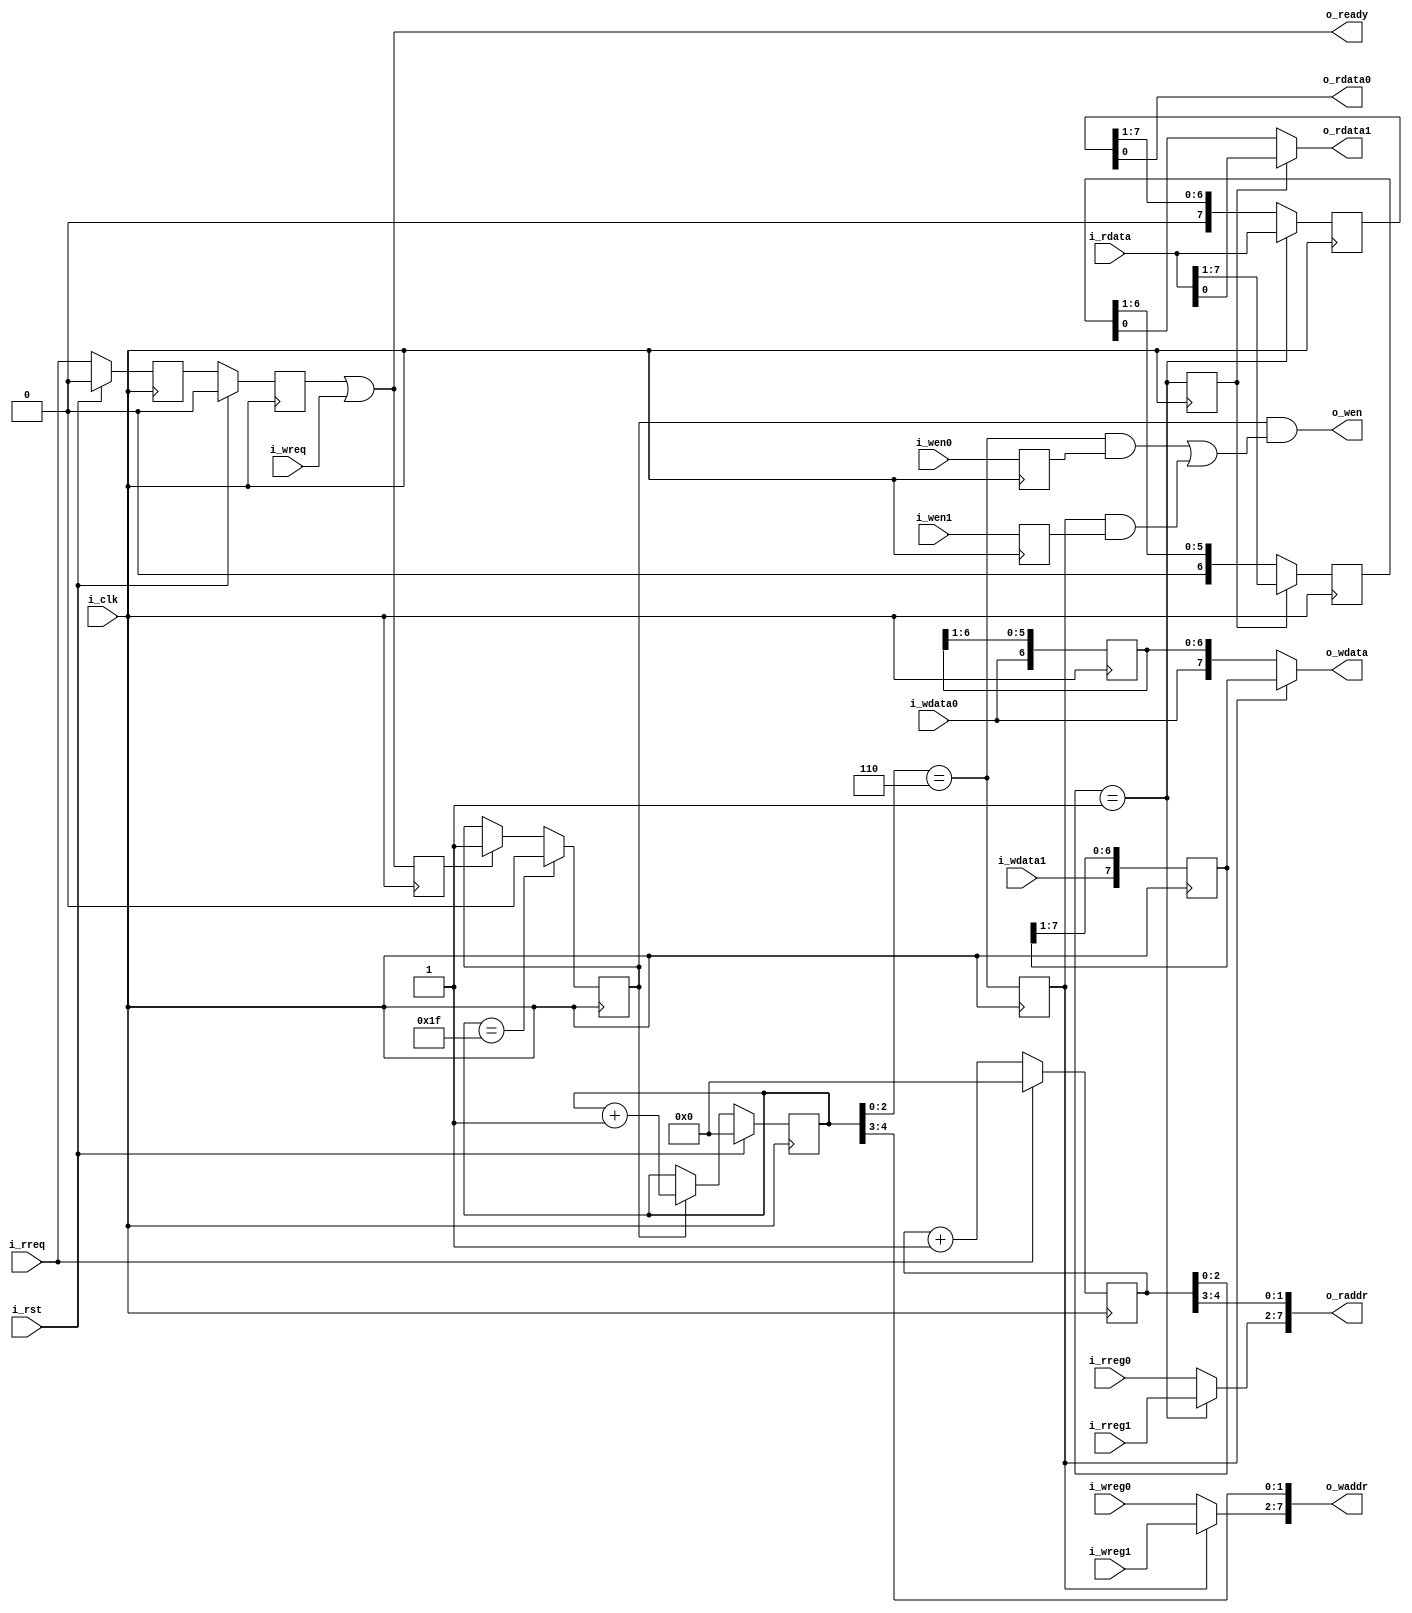
`default_nettype none
module serv_rf_ram_if
  #(parameter width=8,
    parameter csr_regs=4,
    parameter depth=32*(32+csr_regs)/width,
    parameter l2w = $clog2(width))
  (
   //SERV side
   input wire 				i_clk,
   input wire 				i_rst,
   input wire 				i_wreq,
   input wire 				i_rreq,
   output wire 				o_ready,
   input wire [$clog2(32+csr_regs)-1:0] i_wreg0,
   input wire [$clog2(32+csr_regs)-1:0] i_wreg1,
   input wire 				i_wen0,
   input wire 				i_wen1,
   input wire 				i_wdata0,
   input wire 				i_wdata1,
   input wire [$clog2(32+csr_regs)-1:0] i_rreg0,
   input wire [$clog2(32+csr_regs)-1:0] i_rreg1,
   output wire 				o_rdata0,
   output wire 				o_rdata1,
   //RAM side
   output wire [$clog2(depth)-1:0] 	o_waddr,
   output wire [width-1:0] 		o_wdata,
   output wire 				o_wen,
   output wire [$clog2(depth)-1:0] 	o_raddr,
   input wire [width-1:0] 		i_rdata);

   reg 				   rgnt;
   assign o_ready = rgnt | i_wreq;

   /*
    ********** Write side ***********
    */

   reg [4:0] 	     wcnt;
   reg 		     wgo;


   reg [width-2:0]   wdata0_r;
   reg [width-1:0]   wdata1_r;

   reg 		     wen0_r;
   reg 		     wen1_r;
   wire 	     wtrig0;
   wire 	     wtrig1;

   generate if (width == 2) begin
      assign wtrig0 = ~wcnt[0];
      assign wtrig1 =  wcnt[0];
   end else begin
      reg wtrig0_r;
      always @(posedge i_clk) wtrig0_r <= wtrig0;
      assign wtrig0 = (wcnt[l2w-1:0] == {{l2w-1{1'b1}},1'b0});
      assign wtrig1 = wtrig0_r;
   end
   endgenerate

   assign 	     o_wdata = wtrig1 ?
			       wdata1_r :
			       {i_wdata0, wdata0_r};

   wire [$clog2(32+csr_regs)-1:0] wreg  = wtrig1 ? i_wreg1 : i_wreg0;
   generate if (width == 32)
     assign o_waddr = wreg;
   else
     assign o_waddr = {wreg, wcnt[4:l2w]};
   endgenerate

   assign o_wen = wgo & ((wtrig0 & wen0_r) | (wtrig1 & wen1_r));

   reg 	      wreq_r;

   generate if (width > 2)
     always @(posedge i_clk) wdata0_r  <= {i_wdata0, wdata0_r[width-2:1]};
   else
     always @(posedge i_clk) wdata0_r  <= i_wdata0;
   endgenerate

   always @(posedge i_clk) begin
      wen0_r    <= i_wen0;
      wen1_r    <= i_wen1;
      wreq_r    <= i_wreq | rgnt;

      wdata1_r  <= {i_wdata1,wdata1_r[width-1:1]};

      if (wgo)
	wcnt <= wcnt+5'd1;

      if (wreq_r) begin
	 wgo <= 1'b1;
      end

      if (wcnt == 5'b11111)
	wgo <= 1'b0;

      if (i_rst) begin
	 wcnt <= 5'd0;
      end
   end

   /*
    ********** Read side ***********
    */

   reg [4:0] 	  rcnt;

   wire 	  rtrig0;
   reg 		  rtrig1;

   wire [$clog2(32+csr_regs)-1:0] rreg = rtrig0 ? i_rreg1 : i_rreg0;
   generate if (width == 32)
     assign o_raddr = rreg;
   else
     assign o_raddr = {rreg, rcnt[4:l2w]};
   endgenerate

   reg [width-1:0]  rdata0;
   reg [width-2:0]  rdata1;

   assign o_rdata0 = rdata0[0];
   assign o_rdata1 = rtrig1 ? i_rdata[0] : rdata1[0];

   assign rtrig0 = (rcnt[l2w-1:0] == 1);

   reg 	      rreq_r;

   generate if (width>2)
     always @(posedge i_clk) begin
	rdata1 <= {1'b0,rdata1[width-2:1]}; //Optimize?
	if (rtrig1)
	  rdata1[width-2:0] <= i_rdata[width-1:1];
     end
   else
     always @(posedge i_clk) if (rtrig1) rdata1 <= i_rdata[1];
   endgenerate

   always @(posedge i_clk) begin
      rtrig1 <= rtrig0;
      rcnt <= rcnt+5'd1;
      if (i_rreq)
	 rcnt <= 5'd0;

      rreq_r <= i_rreq;
      rgnt <= rreq_r;

      rdata0 <= {1'b0,rdata0[width-1:1]};
      if (rtrig0)
	rdata0 <= i_rdata;

      if (i_rst) begin
	 rgnt <= 1'b0;
	 rreq_r <= 1'b0;
      end
   end



endmodule